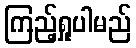
ကြည့်ရှုပါမည်